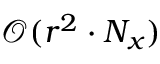
\mathcal { O } ( r ^ { 2 } \cdot N _ { x } )